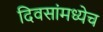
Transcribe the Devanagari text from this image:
दिवसांमध्येच